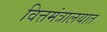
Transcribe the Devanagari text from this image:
वित्तमंत्रालयात